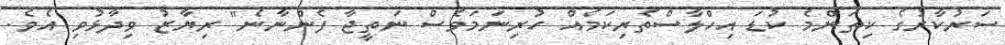
ސަރުކާރުގެ ކިތަންމެ ކުޑަ އިހްލާސްތެރިކަމެއް ހުރިނަމަވެސް ނަތީޖާ ފެންނާނެ" ރިޔާޒު ވިދާޅުވި އެވެ.